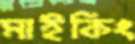
মাইকিং